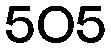
505